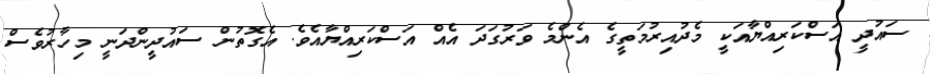
ސައުދީ އަސްކަރިއްޔާއަކީ މެދުއިރުމަތީގެ އެންމެ ވަރުގަދަ އެއް އަސްކަރިއްޔާއެވެ. އެގޮތުން ސައުދީންދަނީ މިހާރުވެސް